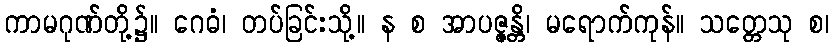
ကာမဂုဏ်တို့၌။ ဂေဓံ၊ တပ်ခြင်းသို့။ န စ အာပဇ္ဇန္တိ၊ မရောက်ကုန်။ သတ္တေသု စ၊